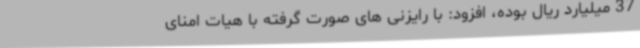
37 میلیارد ریال بوده، افزود: با رایزنی های صورت گرفته با هیات امنای